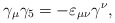
\begin{align*}\gamma_{\mu}\gamma_{5} = -\varepsilon_{\mu \nu} \gamma^{\nu},\end{align*}